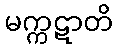
မက္ကဋာတိ